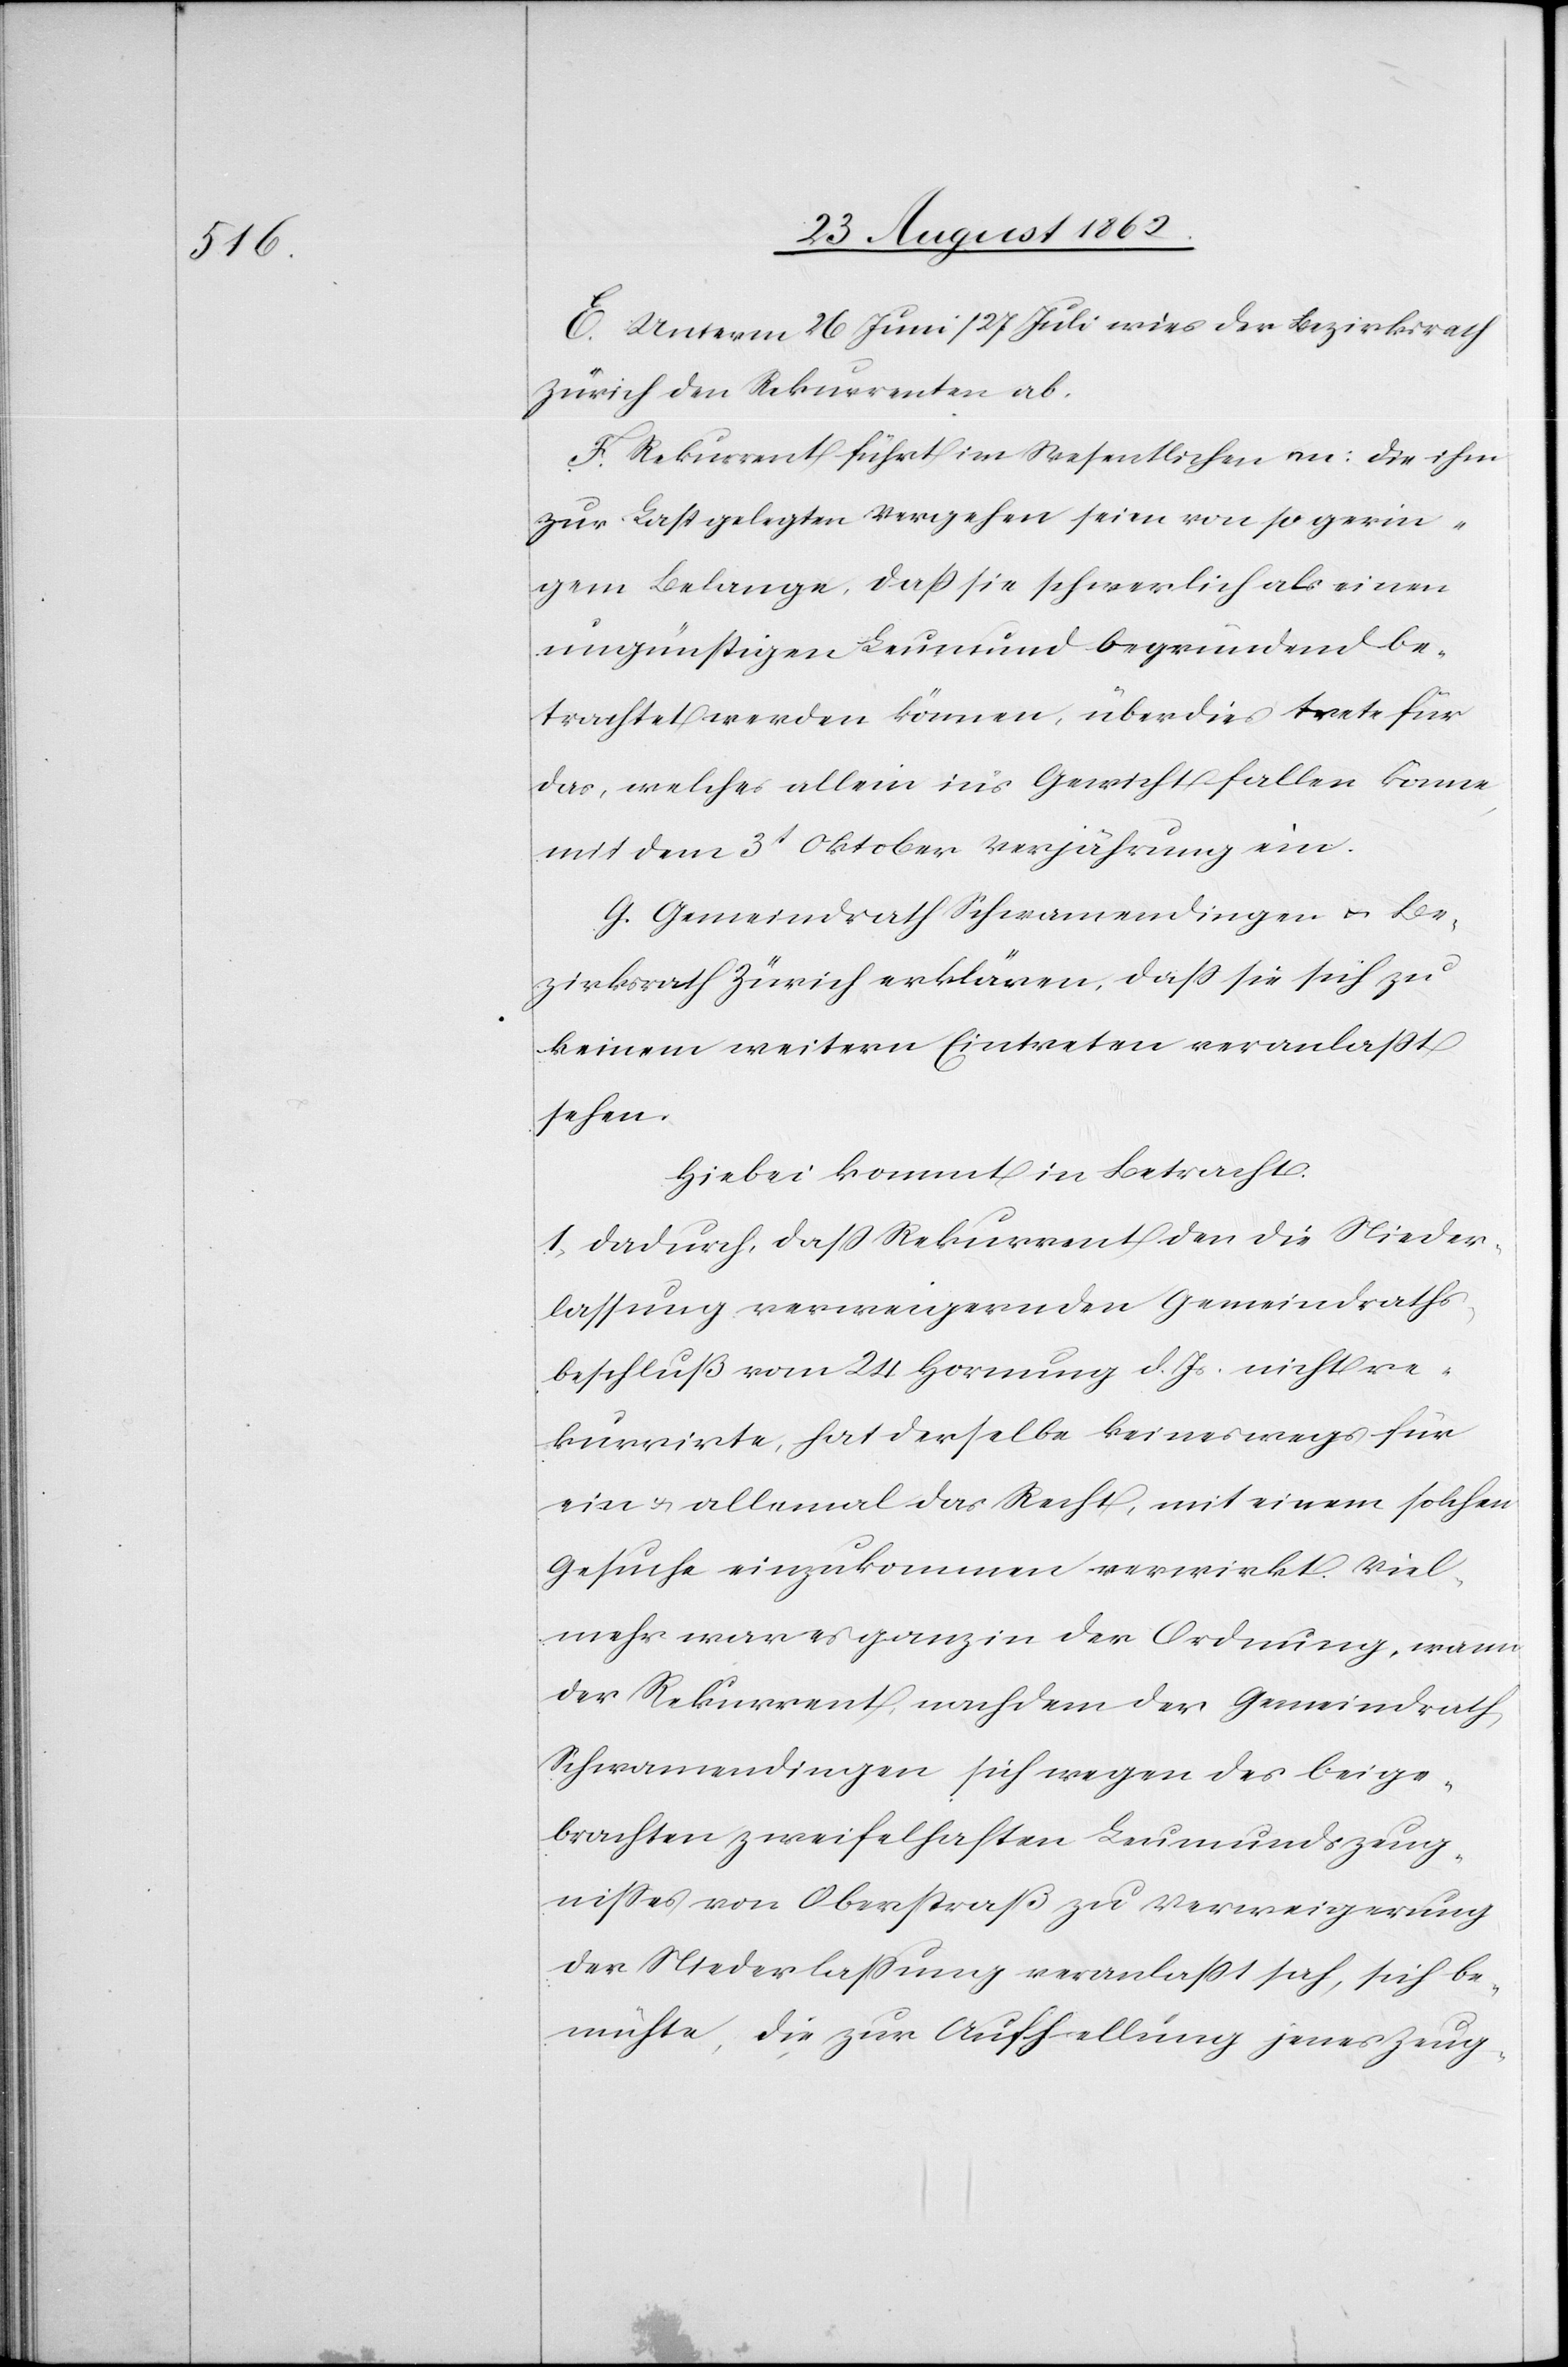
E. Unterm 26. Juni / 27. Juli wies der Bezirksrath
Zürich den Rekurrenten ab.
F. Rekurrent führt im Wesentlichen an: die ihm
zur Last gelegten Vergehen seien von so gerin¬
gem Belange, daß sie schwerlich als einen
ungünstigen Leumund begründend be¬
trachtet werden können, überdies trete für
das, welches allein ins Gewicht fallen könne,
mit dem 3t Oktober Verjährung ein.
G. Gemeindrath Schwamendingen u. Be¬
zirksrath Zürich erklären, daß sie sich zu
keinem weitern Eintreten veranlaßt
sehen.
Hiebei kommt in Betracht.
1. Dadurch, daß Rekurrent den die Nieder¬
lassung verweigernden Gemeindraths¬
beschluß vom 24. Hornung d. Js. nicht re¬
kurrirte, hat derselbe keineswegs für
ein u. allemal das Recht, mit einem solchen
Gesuche einzukommen verwirkt. Viel¬
mehr war es ganz in der Ordnung, wann
der Rekurrent, nachdem der Gemeindrath
Schwamendingen sich wegen des beige¬
brachten zweifelhaften Leumundszeug¬
nißes von Oberstraß zu Verweigerung
der Niederlaßung veranlaßt sah, sich be¬
mühte, die zur Aufhellung jenes Zeug-